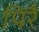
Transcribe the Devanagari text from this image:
पिरै